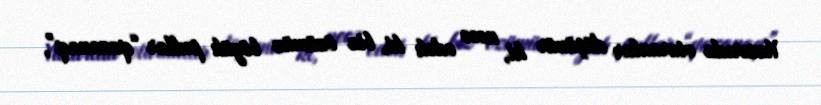
Yuxarıda oturanlar düşünür ki, necə edək ki, biz özümüz böyük pullar “qazanaq”,